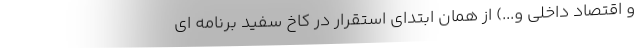
و اقتصاد داخلی و...) از همان ابتدای استقرار در کاخ سفید برنامه ای